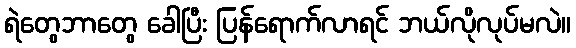
ရဲတွေဘာတွေ ခေါပြီး ပြန်ရောက်လာရင် ဘယ်လိုလုပ်မလဲ။